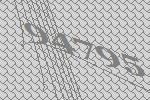
94795